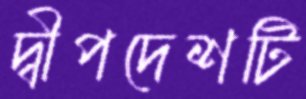
দ্বীপদেশটি